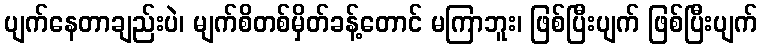
ပျက်နေတာချည်းပဲ၊ မျက်စိတစ်မှိတ်ခန့်တောင် မကြာဘူး၊ ဖြစ်ပြီးပျက် ဖြစ်ပြီးပျက်